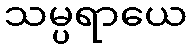
သမ္ပရာယေ